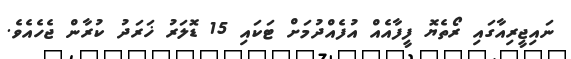
ނައިޖީރިއާގައި ރޯތެޔޮ ފީފާއެއް އުފެއްދުމަށް ޓަކައި 15 ޑޮލަރު ޚަރަދު ކުރާން ޖެހެއެވެ.